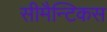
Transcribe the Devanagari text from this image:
सीमैन्टिकस